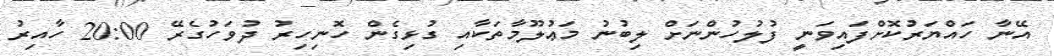
އޭނާ ހައްޔަރުކޮށްފައިވަނީ ފުލުހުންނަށް ލިބުނު މަޢުލޫމާތަކާއި ގުޅިގެން ހޮނިހިރު ދުވަހުގެރޭ 20:00 ހާއިރު